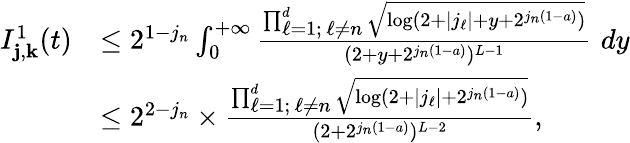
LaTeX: \begin{array}{rl}{I_{\mathbf{j},\mathbf{k}}^{1}(t)}&{\leq 2^{1-j_{n}}\int_{0}^{+\infty}\frac{\prod_{\substack{\ell=1;\, \ell\neq n}}^{d}\sqrt{\log(2+|j_{\ell}|+y+2^{j_{n}(1-a)})}}{(2+y+2^{j_{n}(1-a)})^{L-1}}\, \, dy}\\ &{\leq 2^{2-j_{n}}\times\frac{\prod_{\substack{\ell=1;\, \ell\neq n}}^{d}\sqrt{\log(2+|j_{\ell}|+2^{j_{n}(1-a)})}}{(2+2^{j_{n}(1-a)})^{L-2}},}\end{array}